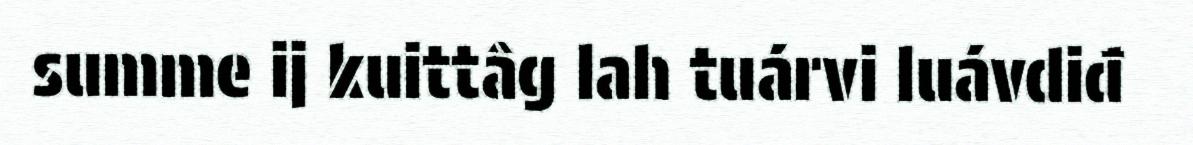
summe ij kuittâg lah tuárvi luávdiđ